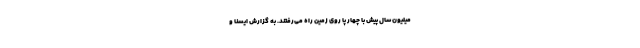
میلیون سال پیش با چهار پا روی زمین راه می‌رفتند. به گزارش ایسنا و